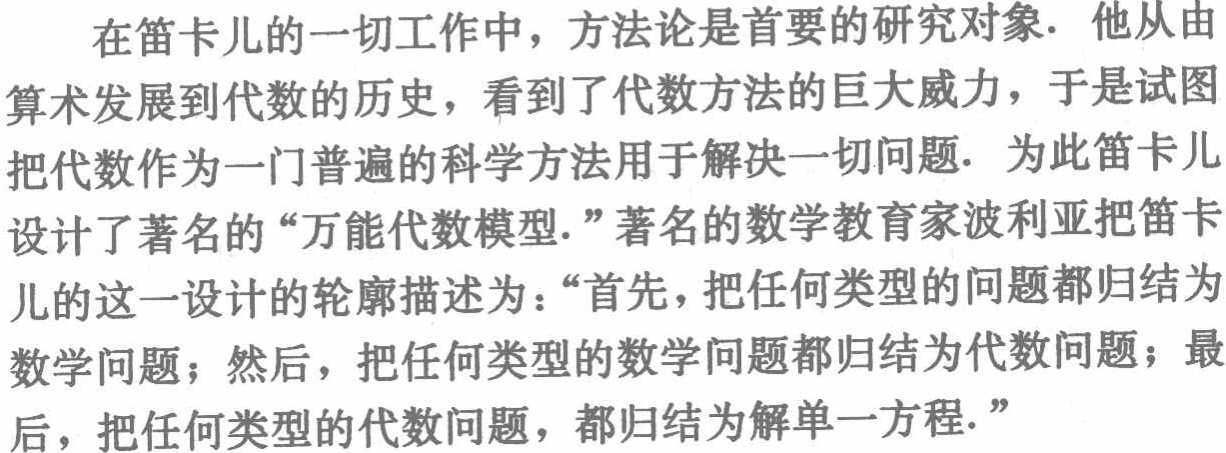
在笛卡儿的一切工作中，方法论是首要的研究对象. 他从由算术发展到代数的历史，看到了代数方法的巨大威力，于是试图把代数作为一门普遍的科学方法用于解决一切问题. 为此笛卡儿设计了著名的“万能代数模型.”著名的数学教育家波利亚把笛卡儿的这一设计的轮廓描述为：“首先，把任何类型的问题都归结为数学问题；然后，把任何类型的数学问题都归结为代数问题；最后，把任何类型的代数问题，都归结为解单一方程.”